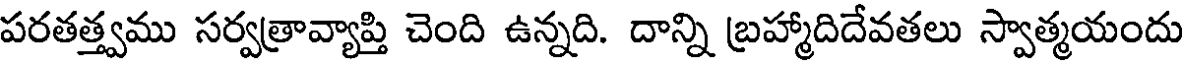
పరతత్త్వము సర్వత్రావ్యాప్తి చెంది ఉన్నది. దాన్ని బ్రహ్మాదిదేవతలు స్వాత్మయందు